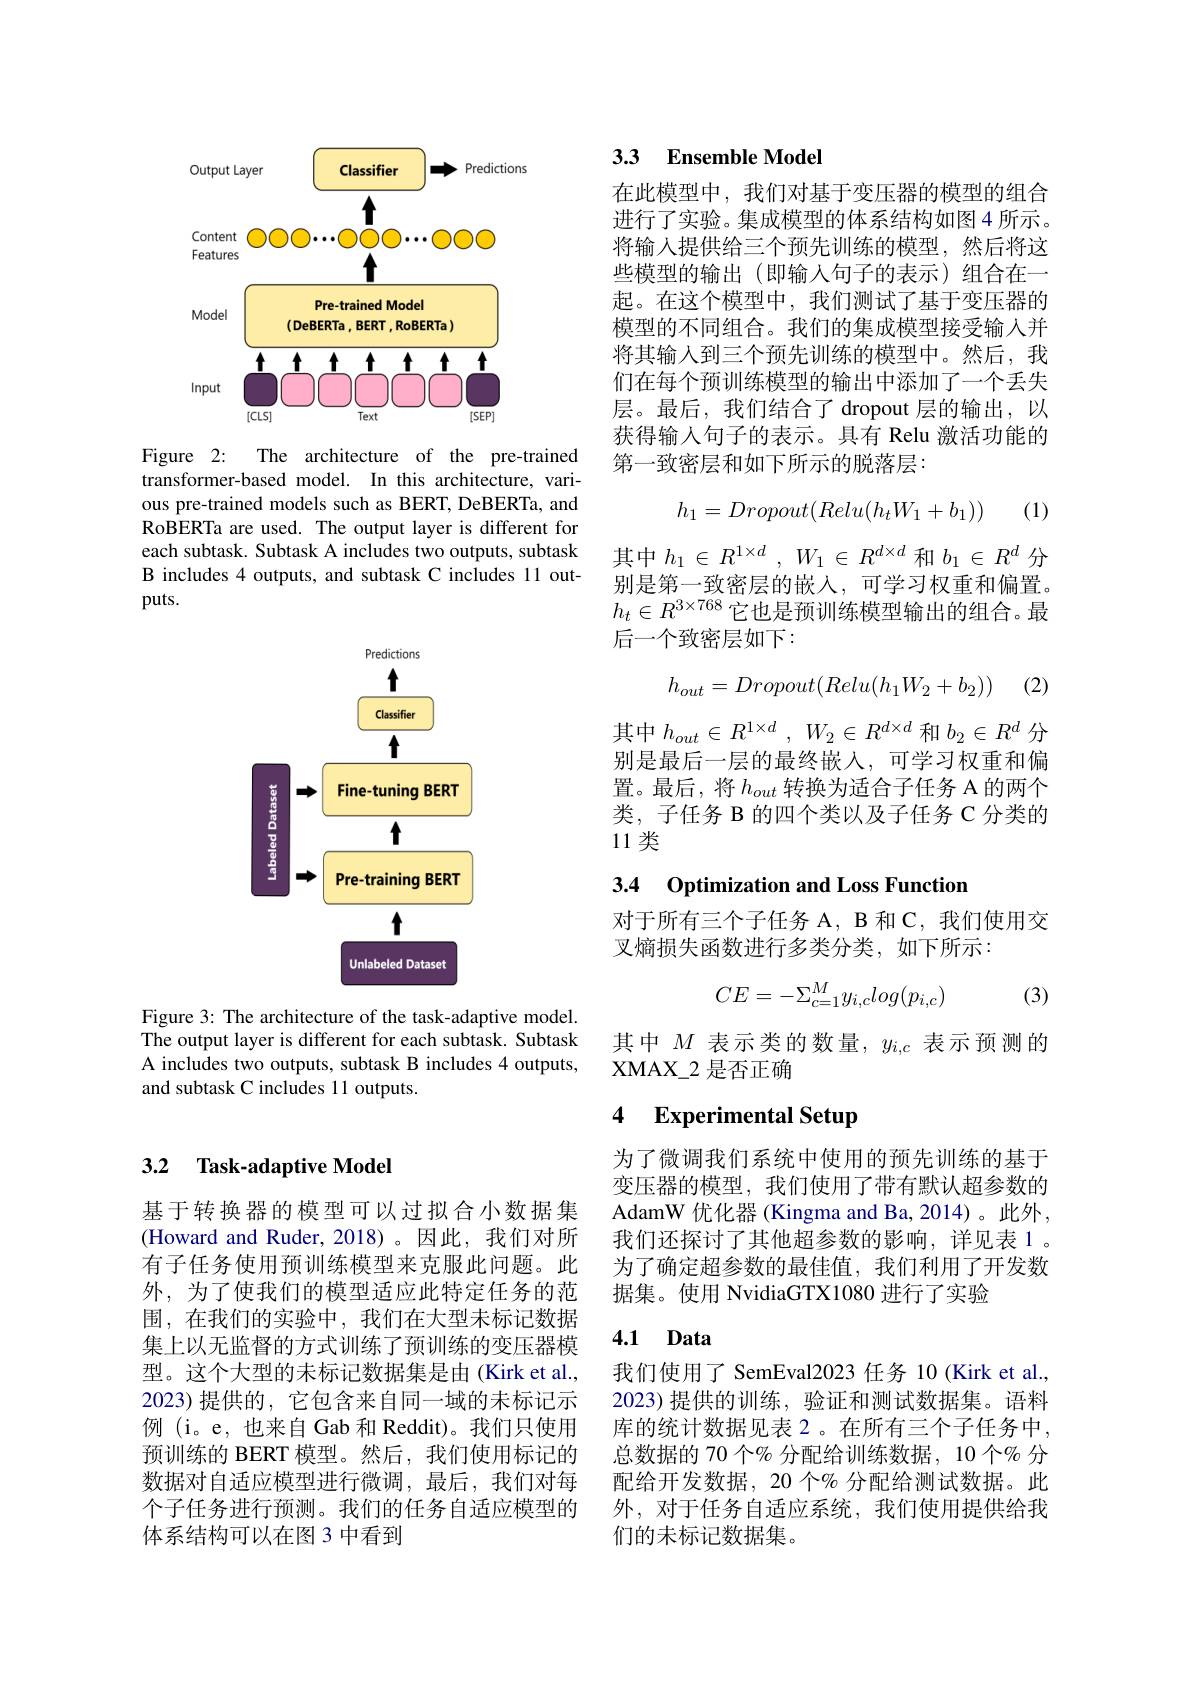
### 3.2 $\textbf{Task- adaptive Model}$

基于转换器的模型可以过拟合小数据集(Howard and Ruder,2018)。因此，我们对所有子任务使用预训练模型来克服此问题。此外，为了使我们的模型适应此特定任务的范围，在我们的实验中，我们在大型未标记数据集上以无监督的方式训练了预训练的变压器模型。这个大型的未标记数据集是由(Kirk et al., 2023)提供的，它包含来自同一域的未标记示例 (i。e, 也来自 Gab 和 Reddit)。我们只使用预训练的 BERT 模型。然后，我们使用标记的数据对自适应模型进行微调，最后，我们对每个子任务进行预测。我们的任务自适应模型的体系结构可以在图 3 中看到

<FigureHere>

Figure 2: The architecture of the pre-trained transformer-based model. In this architecture, various pre-trained models such as BERT, DeBERTa, and RoBERTa are used. The output layer is different for each subtask. Subtask A includes two outputs, subtask B includes 4 outputs, and subtask C includes 11 out- $puts.$

<FigureHere>

Figure 3: The architecture of the task-adaptive model The output layer is different for each subtask. Subtask A includes two outputs, subtask B includes 4 outputs, and subtask C includes 11 outputs.

## 3.3 Ensemble Model

在此模型中，我们对基于变压器的模型的组合进行了实验。集成模型的体系结构如图4 所示。将输入提供给三个预先训练的模型，然后将这些模型的输出 (即输入句子的表示)组合在一起。在这个模型中，我们测试了基于变压器的模型的不同组合。我们的集成模型接受输入并将其输入到三个预先训练的模型中。然后，我们在每个预训练模型的输出中添加了一个丢失层。最后，我们结合了 dropout 层的输出，以获得输入句子的表示。具有 Relu 激活功能的第一致密层和如下所示的脱落层：

(1)
$$h_1=Dropout(Relu(h_tW_1+b_1))$$
其中$h_1\in R^{1\times d},W_1\in R^{d\times d}$和$b_1\in R^d$ 分别是第一致密层的嵌入，可学习权重和偏置。$h_t\in R^{3\times768}$它也是预训练模型输出的组合。最后一个致密层如下：

(2)
$$h_{out}=Dropout(Relu(h_1W_2+b_2))$$
其中$h_{out}\in R^{1\times d}$ , $W_2\in R^{d\times d}$和$b_2\in R^d$分别是最后一层的最终嵌入，可学习权重和偏置。最后，将$h_{out}$转换为适合子任务 A 的两个类，子任务 B 的四个类以及子任务 C 分类的11类

## 3.4 Optimization and Loss Function

对于所有三个子任务 A, B 和 C, 我们使用交
叉熵损失函数进行多类分类，如下所示：
$$CE=-\Sigma_{c=1}^My_{i,c}log(p_{i,c})$$
(3)

其中$M$表示类的数量，$y_{i,c}$表示预测的
XMAX$\_$2 是否正确

### 4 $\textbf{Experimental Setup}$

为了微调我们系统中使用的预先训练的基于变压器的模型，我们使用了带有默认超参数的AdamW 优化器 (Kingma and Ba, 2014)。此外， 我们还探讨了其他超参数的影响，详见表 1。为了确定超参数的最佳值，我们利用了开发数据集。使用 NvidiaGTX1080 进行了实验

## 4.1 Data

我们使用了 SemEval2023 任务 10 (Kirk et al., 2023)提供的训练，验证和测试数据集。语料库的统计数据见表 2。在所有三个子任务中， 总数据的 70 个% 分配给训练数据，10 个$\%$ 分配给开发数据，20个%分配给测试数据。此外，对于任务自适应系统，我们使用提供给我们的未标记数据集。